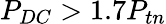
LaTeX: P_{DC}>1.7P_{tn}